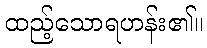
ထည့်သောရဟန်း၏။